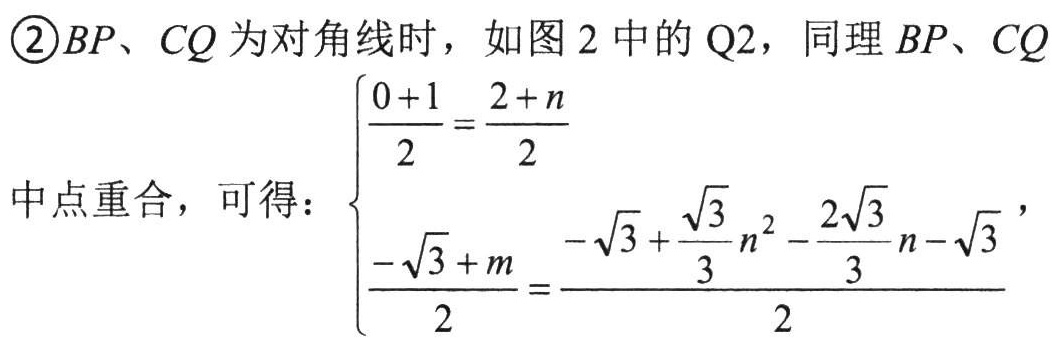
\begin{cases}\frac{0 + 1}{2}=\frac{2 + n}{2}\\\frac{-\sqrt{3}+m}{2}=\frac{-\sqrt{3}+\frac{\sqrt{3}}{3}n^{2}-\frac{2\sqrt{3}}{3}n-\sqrt{3}}{2}\end{cases}